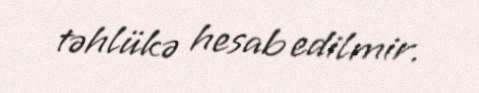
təhlükə hesab edilmir.